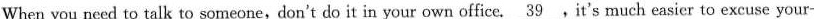
When you need to talk to someone,don't do it in your own office. \underline{39}.It's much easier to excuse your-